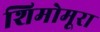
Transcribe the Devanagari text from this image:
शिमोमूरा